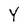
Character: Y